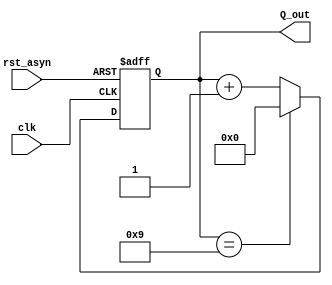
module BCD(clk, rst_asyn, Q_out);
input clk; //I clock in
input rst_asyn; //I asyn reset
output [3:0] Q_out; // O asyn Result

reg [3:0] Q_out;

//
initial
begin
    Q_out=4'b0;
end

always@(posedge clk or posedge rst_asyn)
begin
    //rstQ_out9Q_out0; Q_out1
    if (rst_asyn)
        Q_out = 0;
    else if(Q_out == 9)
        Q_out = 0;
    else
        Q_out=Q_out+1;
end

// always@(posedge rst_asyn)
// begin
//     Q_out = 0;
// end

// always@(posedge clk)
// begin
//     if(Q_out == 9)
//         Q_out = 0;
//     else
//         Q_out=Q_out+1;
// end
endmodule